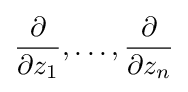
{\frac {\partial }{\partial z_{1}}},\ldots ,{\frac {\partial }{\partial z_{n}}}